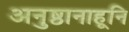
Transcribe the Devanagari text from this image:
अनुष्ठानाहूनि